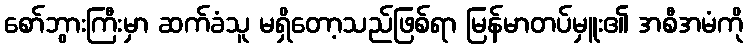
စော်ဘွားကြီးမှာ ဆက်ခံသူ မရှိတော့သည်ဖြစ်ရာ မြန်မာတပ်မှူး၏ အစီအမံကို